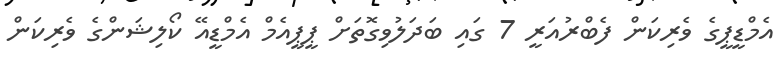
އެމްޑީޕީގެ ވެރިކަން ފެބްރުއަރީ 7 ގައި ބަދަލުވިގޮތަށް ޕީޕީއެމް އެމްޑީއޭ ކޯލިޝަންގެ ވެރިކަން